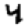
Digit: 4